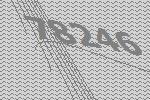
78246